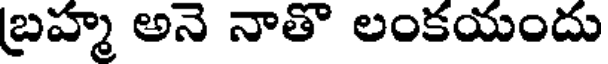
బ్రహ్మ అనె నాతొ లంకయందు